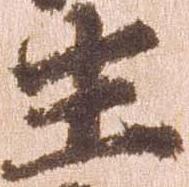
生